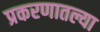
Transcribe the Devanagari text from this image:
प्रकरणातल्या